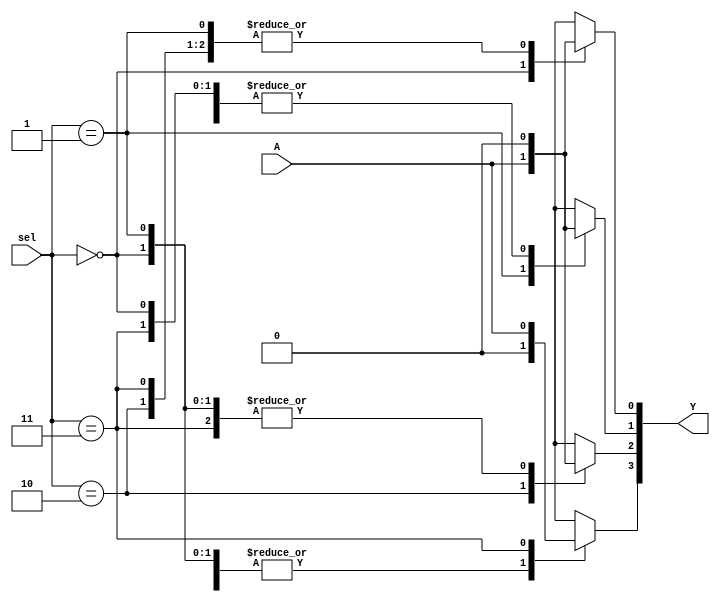
// 1:4 DE-MUX Behavioral Model
// Created by Nitheesh Kumar - Aug 01 2020

module DeMux_1x4_beh (
	input A,
	input [1:0] sel,
	output reg [3:0] Y);

always @(sel or A) begin
case (sel)
2'b00 : begin Y[0] <= A; Y[3:1] <= 3'b0; end
2'b01 : begin Y[1] <= A; Y[3:2] <= 2'b0; Y[0] <= 1'b0; end
2'b10 : begin Y[2]<= A; Y[3] <= 1'b0; Y[1:0] <= 1'b0; end
2'b11 : begin Y[3]<= A; Y[2:0] = 3'b0; end
default : Y<= 4'b0;
endcase
end

endmodule